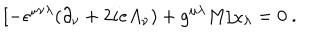
[ - \epsilon ^ { \mu \nu \lambda } ( \partial _ { \nu } + 2 i e A _ { \nu } ) + g ^ { \mu \lambda } M ] \chi _ { \lambda } = 0 ~ .